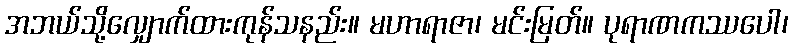
အဘယ်သို့လျှောက်ထားကုန်သနည်း။ မဟာရာဇာ၊ မင်းမြတ်။ ပုရာဏကဿပေါ၊